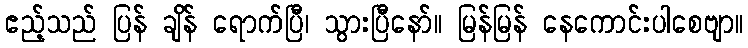
ဧည့်သည် ပြန် ချိန် ရောက်ပြီ၊ သွားပြီနော်။ မြန်မြန် နေကောင်းပါစေဗျာ။